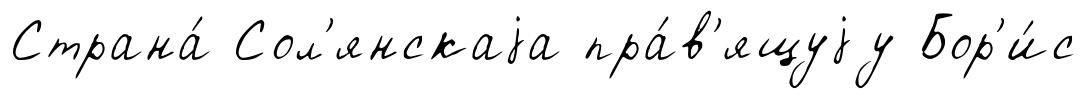
Страна́ Сол'янскаjа пра́в'ящуjу Бор'и́с